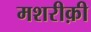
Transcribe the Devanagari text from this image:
मशरीक़ी